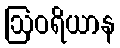
ဩဝရိယာန